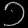
Digit: ၁